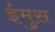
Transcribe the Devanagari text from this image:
ईमुस